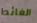
الغائط